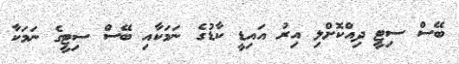
ބޭސް ސިޓީ ދިއްކޮށްލި އިރު އައިޑީ ކާޑުގެ ނަމަކާއި ބޭސް ސިޓީގެ ނަމަކާ